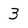
Character: 3